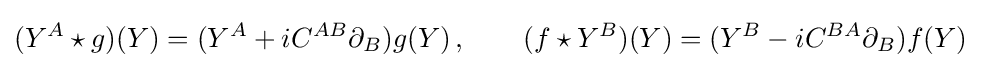
(Y^{A}\star g)(Y)=(Y^{A}+iC^{AB}\partial _{B})g(Y)\,,\qquad (f\star Y^{B})(Y)=(Y^{B}-iC^{BA}\partial _{B})f(Y)